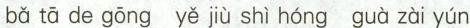
bǎ tā de gōng yě jiù shì hóng guà zài yún